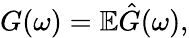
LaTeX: G(\omega)=\mathbb E\hat{G}(\omega),